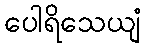
ပေါရိသေယျံ